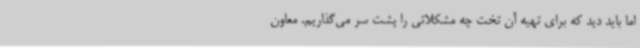
اما باید دید که برای تهیه آن تخت چه مشکلاتی را پشت سر می‌گذاریم. معاون